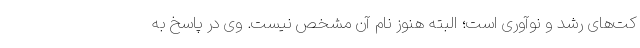
کت‌های رشد و نوآوری است؛ البته هنوز نام آن مشخص نیست. وی در پاسخ به